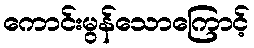
ကောင်းမွန်သောကြောင့်